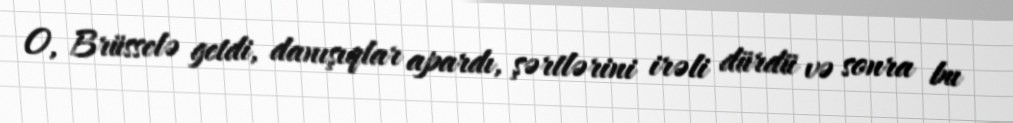
O, Brüsselə getdi, danışıqlar apardı, şərtlərini irəli dürdü və sonra bu